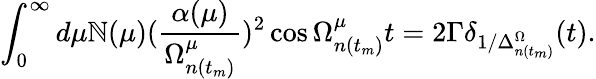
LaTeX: \int_{0}^{\infty}d\mu\mathbb{N}(\mu)(\frac{{\alpha(\mu)}}{{\Omega_{n(t_{m})}^{\mu}}})^{2}\cos\Omega_{n(t_{m})}^{\mu}t=2\Gamma\delta_{1/\Delta_{n(t_{m})}^{\Omega}}(t).